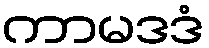
ကာမဒဒံ